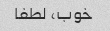
خوب، لطفا